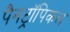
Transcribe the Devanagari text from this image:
पैनट्रॉपिकल